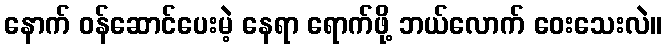
နောက် ဝန်ဆောင်ပေးမဲ့ နေရာ ရောက်ဖို့ ဘယ်လောက် ဝေးသေးလဲ။